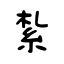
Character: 紮